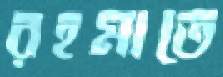
রহমাতে